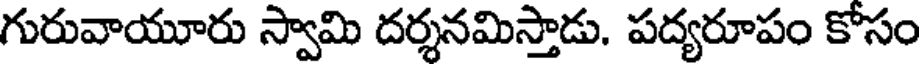
గురువాయూరు స్వామి దర్శనమిస్తాడు. పద్యరూపం కోసం